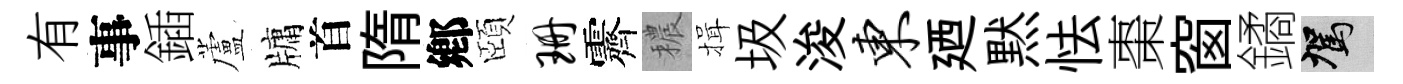
有事鍤蘆牗首隋鄕頤珊霽穠揖圾浚东廼黙怯棗窗鐍駕